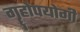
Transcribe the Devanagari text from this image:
गॄहोपयोगी